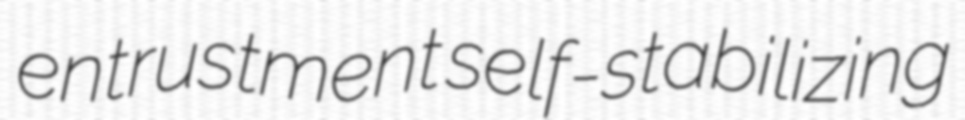
entrustment self-stabilizing